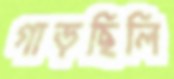
গাড়ছিলি